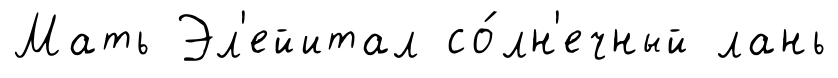
Мать Эл'ейитал со́лн'ечный лань